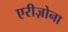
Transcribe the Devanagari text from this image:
एरीज़ोना